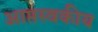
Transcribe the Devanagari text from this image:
आप्तस्वकीय